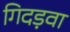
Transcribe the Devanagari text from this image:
गिदड़वा